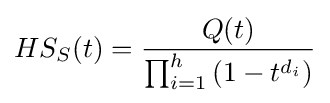
HS_{S}(t)={\frac {Q(t)}{\prod _{i=1}^{h}\left(1-t^{d_{i}}\right)}}